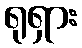
ရုရှား